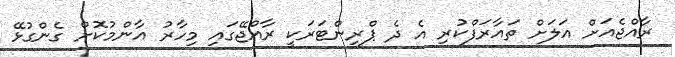
ރާއްޖެއަށް އަލަށް ތައާރަފްކުރި އެ ދެ ޕްރިންޓަރަކީ ރާއްޖޭގައި މިހާރު އާންމުކޮށް ގެންގުޅޭ